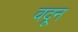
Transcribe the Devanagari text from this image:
वदून